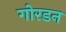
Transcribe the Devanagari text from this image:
गोरडन